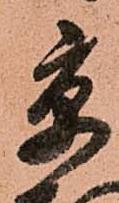
京